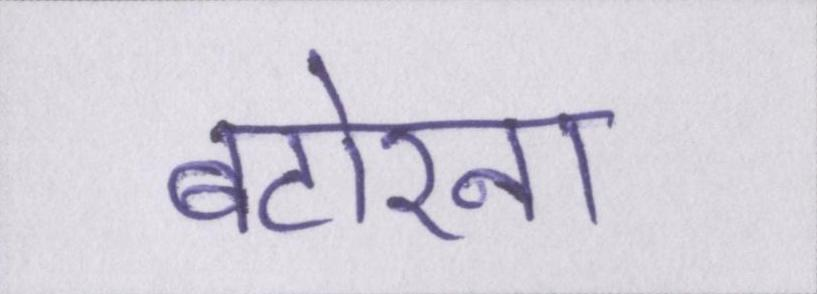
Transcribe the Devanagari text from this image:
बटोरना